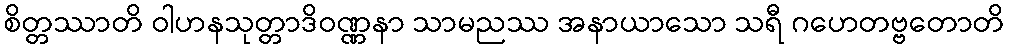
စိတ္တဿာတိ ဝါဟနသုတ္တာဒိဝဏ္ဏနာ သာမညဿ အနာယာသော သရီ ဂဟေတဗ္ဗတောတိ